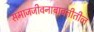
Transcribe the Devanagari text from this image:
समाजजीवनाबाबतीतील